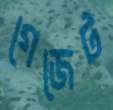
গেজেট